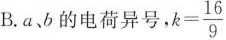
B. a、b的电荷异号，$$k = \frac{ 1 6 }{ 9 }$$